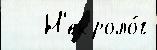
   Н'екроло́г